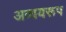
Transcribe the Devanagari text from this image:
अव्ययरूप